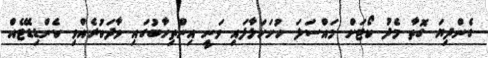
ގެންދިޔަ ގޮތާ މެދު ކޯޓަށް މައްސަލަ ހުށަހަޅާފައި ވަނީ އިންތިހާބުގައި ވާދަކުރެއްވި ކެންޑިޑޭޓެއް